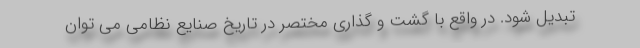
تبدیل شود. در واقع با گشت و گذاری مختصر در تاریخ صنایع نظامی می توان